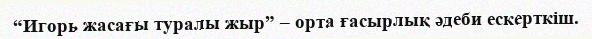
“Игорь жасағы туралы жыр” – орта ғасырлық әдеби ескерткіш.